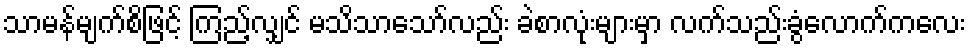
သာမန်မျက်စိဖြင့် ကြည့်လျှင် မသိသာသော်လည်း ခဲစာလုံးများမှာ လက်သည်းခွံလောက်ကလေး